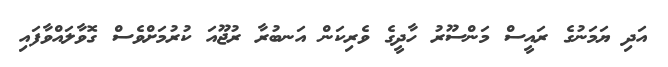
އަދި ޔަމަނުގެ ރައީސް މަންސޫރު ހާދީގެ ވެރިކަން އަނބުރާ ރުޖޫއަ ކުރުމަށްވެސް ގޮވާލައްވާފައި